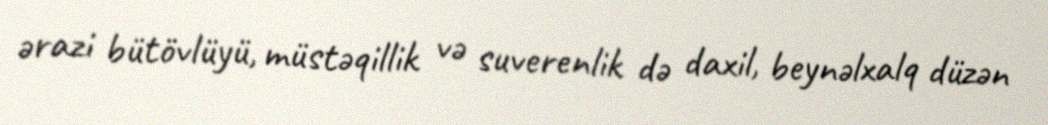
ərazi bütövlüyü, müstəqillik və suverenlik də daxil, beynəlxalq düzən